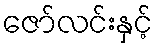
ဇော်လင်းနှင့်